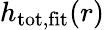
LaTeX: h_{\mathrm{tot,fit}}(r)